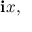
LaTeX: \mathbf { i } x ,